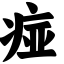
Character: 痖